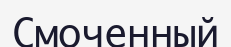
Смоченный